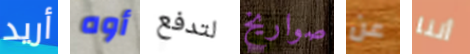
أريد أوه لتدفع صواريخ عن أننا